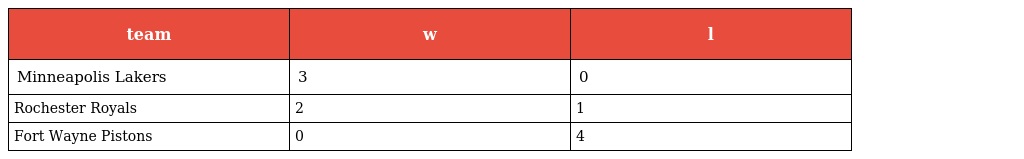
| team | w | l |
 | --- | --- | --- |
 | Minneapolis Lakers | 3 | 0 |
 | Rochester Royals | 2 | 1 |
 | Fort Wayne Pistons | 0 | 4 |